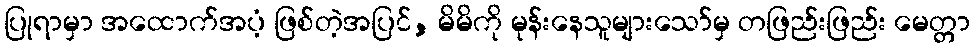
ပြုရာမှာ အထောက်အပံ့ ဖြစ်တဲ့အပြင်, မိမိကို မုန်းနေသူများသော်မှ တဖြည်းဖြည်း မေတ္တာ